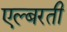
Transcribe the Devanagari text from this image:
एल्बरती